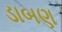
ડાબણ